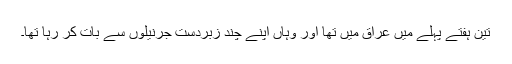
تین ہفتے پہلے میں عراق میں تھا اور وہاں اپنے چند زبردست جرنیلوں سے بات کر رہا تھا۔